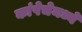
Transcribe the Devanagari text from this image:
कांपेचेमध्ये